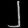
Digit: ၂